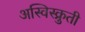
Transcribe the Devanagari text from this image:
अस्विस्क्रुती